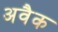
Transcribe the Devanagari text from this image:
अवैक